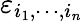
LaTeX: \varepsilon_{i_{1},\cdots,i_{n}}